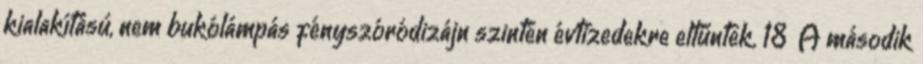
kialakítású, nem bukólámpás fényszóródizájn szintén évtizedekre eltűntek. 18 A második